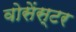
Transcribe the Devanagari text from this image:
वोसेंस्टर